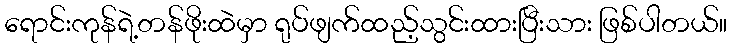
ရောင်းကုန်ရဲ့တန်ဖိုးထဲမှာ ရုပ်ဖျက်ထည့်သွင်းထားပြီးသား ဖြစ်ပါတယ်။